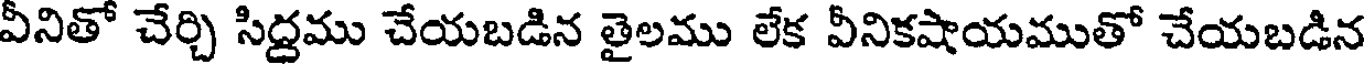
వీనితో చేర్చి సిద్దము చేయబడిన తైలము లేక వీనికషాయముతో చేయబడిన